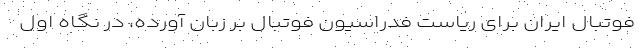
فوتبال ایران برای ریاست فدراسیون فوتبال بر زبان آورده، در نگاه اول